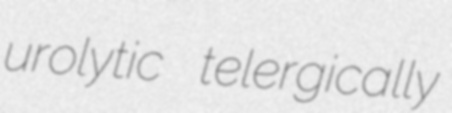
urolytic telergically